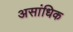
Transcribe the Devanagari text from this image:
असांधिक